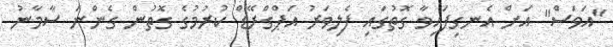
"އަވަސް" އަށް އެނގިފައިވާ ގޮތުގައި ފެލިވަރު އަޕްގްރޭޑް ކުރުމުގެ ގޮތުން ގެންނަ ސާމާނު